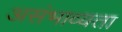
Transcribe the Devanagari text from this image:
असंभाव्यता